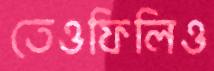
তেওফিলিও